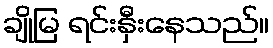
ချိုမြ ရင်းနှီးနေသည်။